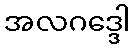
အလဂဒ္ဒေါ